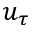
u _ { \tau }